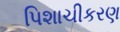
પિશાચીકરણ